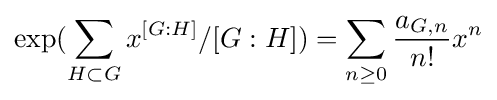
\exp(\sum _{H\subset G}x^{[G:H]}/[G:H])=\sum _{n\geq 0}{\frac {a_{G,n}}{n!}}x^{n}